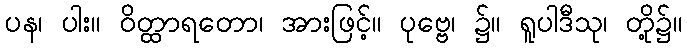
ပန၊ ပါး။ ဝိတ္ထာရတော၊ အားဖြင့်။ ပုဗ္ဗေ၊ ၌။ ရူပါဒီသု၊ တို့၌။